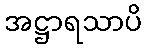
အဋ္ဌာရသာပိ